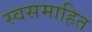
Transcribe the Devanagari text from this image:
स्वसमाहित